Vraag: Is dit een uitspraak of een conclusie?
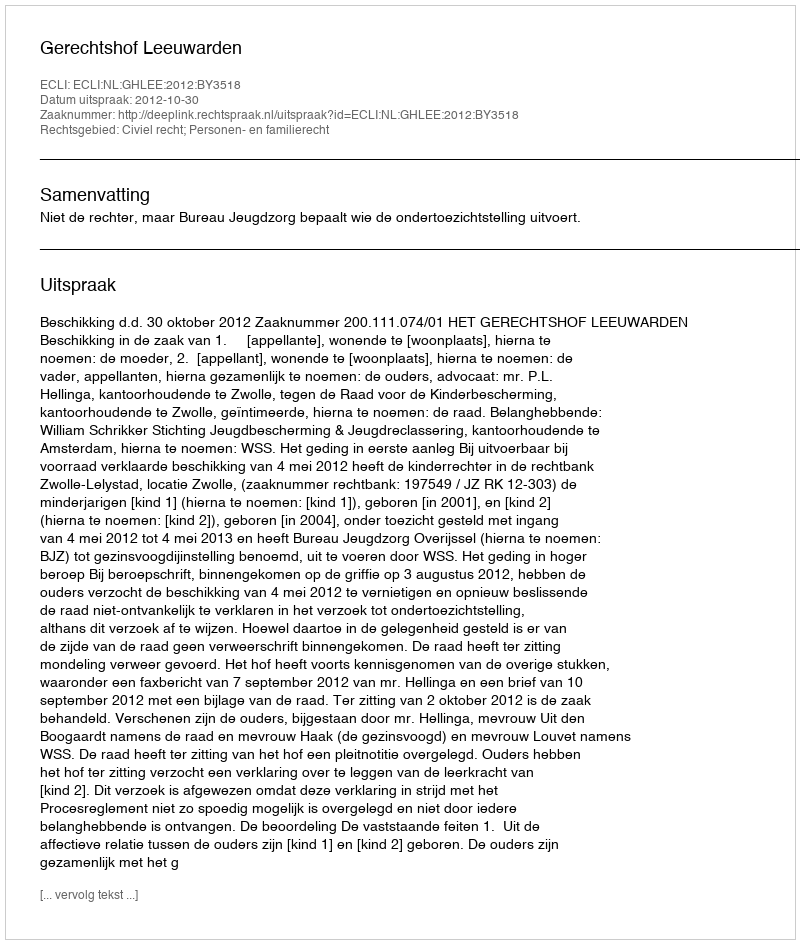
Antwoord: Uitspraak